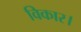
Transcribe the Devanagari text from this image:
विकार।